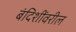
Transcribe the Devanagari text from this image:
बंदिशींवरील